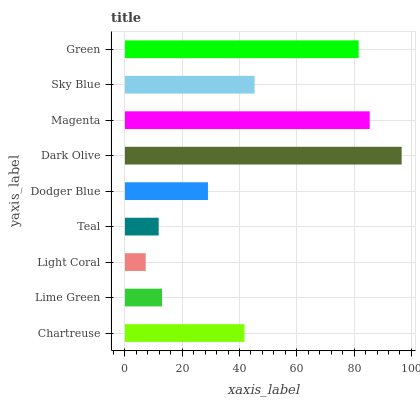
| yaxis_label | bars |
 | --- | --- |
 | Chartreuse | 41.7 |
 | Lime Green | 12.9 |
 | Light Coral | 7.26 |
 | Teal | 11.8 |
 | Dodger Blue | 29 |
 | Dark Olive | 96.6 |
 | Magenta | 85.5 |
 | Sky Blue | 45.3 |
 | Green | 81.6 |